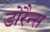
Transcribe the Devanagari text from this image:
डोरैन्स